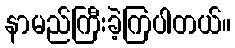
နာမည်ကြီးခဲ့ကြပါတယ်။